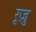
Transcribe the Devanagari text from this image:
रूज़ु